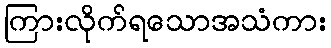
ကြားလိုက်ရသောအသံကား